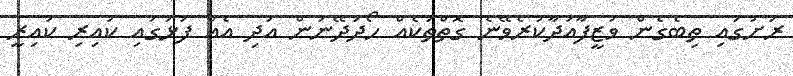
ރަށުގައި ތިބެގެން ވަޒީފާއަދާކުރެވޭނެ ގޮތްތަކެއް ހޯދަދޭނަން އަދި އެއް ފަޅުގައި ކައިރި ކައިރީ